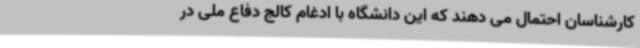
کارشناسان احتمال می دهند که این دانشگاه با ادغام کالج دفاع ملی در